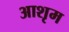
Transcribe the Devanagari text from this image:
आशृम